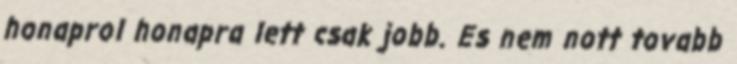
honaprol honapra lett csak jobb. Es nem nott tovabb